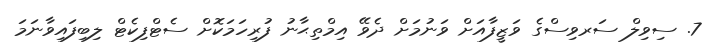
7. ސިވިލް ސަރވިސްގެ ވަޒީފާއަށް ވަނުމަށް ދެވޭ އިމްތިޙާނު ފުރިހަމަކޮށް ސެޓްފިކެޓް ލިބިފައިވާނަމަ